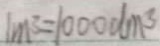
1 m ^ { 3 } = 1 0 0 0 d m ^ { 3 }